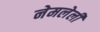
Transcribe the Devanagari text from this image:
नेमलेली